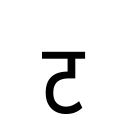
OCR:
ट